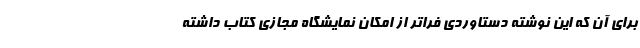
برای آن که این نوشته دستاوردی فراتر از امکان نمایشگاه مجازی کتاب داشته